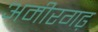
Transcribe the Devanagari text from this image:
अमीरगढ़